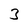
Character: 3